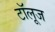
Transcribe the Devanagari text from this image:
टॉलूज